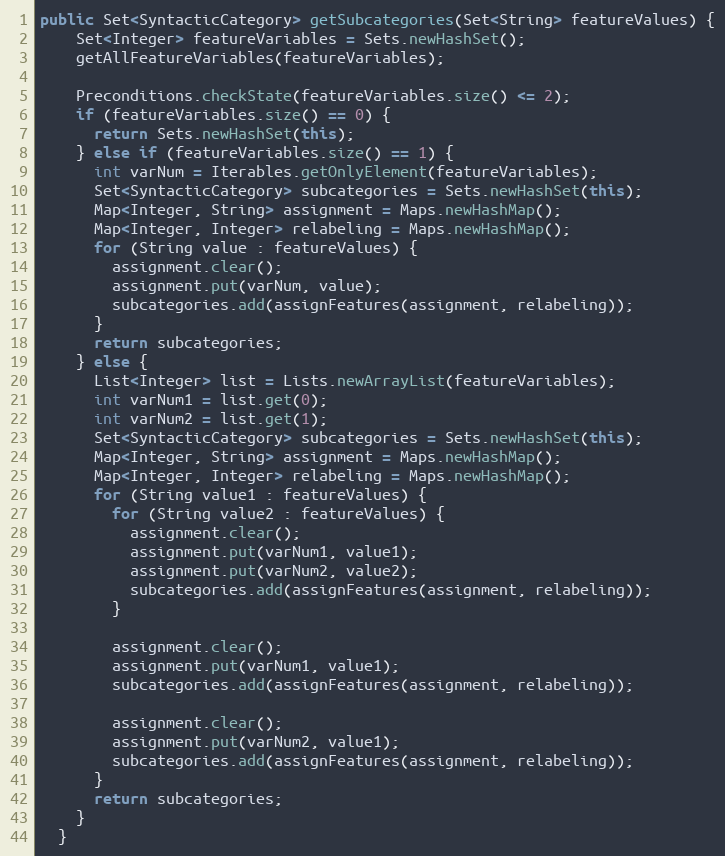
Language: Java
public Set<SyntacticCategory> getSubcategories(Set<String> featureValues) {
    Set<Integer> featureVariables = Sets.newHashSet();
    getAllFeatureVariables(featureVariables);

    Preconditions.checkState(featureVariables.size() <= 2);
    if (featureVariables.size() == 0) {
      return Sets.newHashSet(this);
    } else if (featureVariables.size() == 1) {
      int varNum = Iterables.getOnlyElement(featureVariables);
      Set<SyntacticCategory> subcategories = Sets.newHashSet(this);
      Map<Integer, String> assignment = Maps.newHashMap();
      Map<Integer, Integer> relabeling = Maps.newHashMap();
      for (String value : featureValues) {
        assignment.clear();
        assignment.put(varNum, value);
        subcategories.add(assignFeatures(assignment, relabeling));
      }
      return subcategories;
    } else {
      List<Integer> list = Lists.newArrayList(featureVariables);
      int varNum1 = list.get(0);
      int varNum2 = list.get(1);
      Set<SyntacticCategory> subcategories = Sets.newHashSet(this);
      Map<Integer, String> assignment = Maps.newHashMap();
      Map<Integer, Integer> relabeling = Maps.newHashMap();
      for (String value1 : featureValues) {
        for (String value2 : featureValues) {
          assignment.clear();
          assignment.put(varNum1, value1);
          assignment.put(varNum2, value2);
          subcategories.add(assignFeatures(assignment, relabeling));
        }

        assignment.clear();
        assignment.put(varNum1, value1);
        subcategories.add(assignFeatures(assignment, relabeling));

        assignment.clear();
        assignment.put(varNum2, value1);
        subcategories.add(assignFeatures(assignment, relabeling));
      }
      return subcategories;
    }
  }